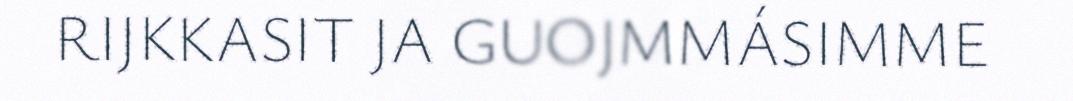
RIJKKASIT JA GUOJMMÁSIMME